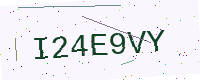
Text: I24E9VY